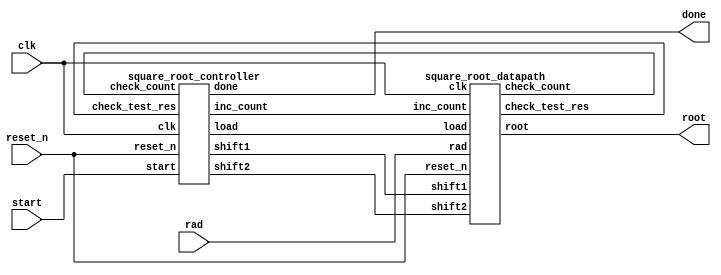
module square_root (
    input clk,
    input reset_n, 
    input start,
    input [15:0] rad,
    output [15:0] root,
    output done
    );

    wire check_test_res;
    wire check_count;
    wire load;
    wire shift1;
    wire shift2;
    wire inc_count;

    square_root_controller           
    square_root_controller_instance(   
        .clk                    (clk                    ),
        .reset_n                (reset_n                ),
        .start                  (start               ),
        .check_test_res   (check_test_res     ),
        .check_count     (check_count      ),
        .done           (done ),
        .load     (load     ),
        .shift1      (shift1      ),
        .shift2      (shift2      ),
        .inc_count    (inc_count      )
    );

    square_root_datapath           
    square_root_datapath_instance(   
        .clk                    (clk                    ),
        .reset_n                (reset_n                ),
        .rad                (rad               ),
        .check_test_res   (check_test_res     ),
        .check_count     (check_count      ),
        .load     (load     ),
        .shift1      (shift1      ),
        .shift2      (shift2      ),
        .inc_count    (inc_count      ),
        .root (root)
    );




endmodule

//-----------------------------------------------
module square_root_controller (
    input clk, 
    input reset_n,
    input start, 
    input check_test_res, check_count,
    output reg done,
    output reg load, shift1, shift2, inc_count 
    );

    localparam IDLE     = 0;
    localparam COMPUTE  = 1;
    localparam END    = 2;

    reg [1:0] current_state, next_state;


    always @ (*) begin
        load        = 0;
        shift1      = 0; 
        shift2      = 0;
        inc_count   = 0;
        done        = 0;
        case(current_state)
        IDLE: begin
            if (start) begin
                load        = 1;
                next_state  = COMPUTE;
            end else begin
                next_state  = IDLE;
            end
        end

        COMPUTE: begin
            if (check_test_res) shift1 = 1;
            else shift2 = 1;
            inc_count = 1;
            next_state = check_count ? END : COMPUTE;
        end

        END: begin
            done        = 1;
            next_state  = IDLE;
        end

        default: begin 
                next_state = IDLE;
        end
        endcase
    end


    always @(posedge clk or negedge reset_n)
    begin
        if (!reset_n)
            current_state <= IDLE;
        else
            current_state <= next_state;
    end
endmodule


//-----------------------------------------------
module square_root_datapath (
    input clk, 
    input reset_n,
    input [15:0] rad,
    input load, shift1, shift2, inc_count,
    output check_test_res, check_count,
    output [15:0] root
    );

    reg [15:0] x;
    reg [15:0] q;
    reg [17:0] ac;
    reg [4:0] count;

    wire [17:0] test_res;


    assign test_res = ac - {q, 2'b01};
    assign check_test_res = (test_res[17] == 0);
    assign check_count = (count == 13);
    assign root = q;

    always @ (posedge clk, negedge reset_n)
    begin
        if (~reset_n) begin
            x <= 0;
            q <= 0; 
            ac <= 0;
            count <= 0;
        end 
        else begin
                if(load) begin
                    {ac, x} <= {{16{1'b0}}, rad, 2'b0};
                    count <= 0;
                    q <= 0;
                end 
                if(shift1) begin
                    {ac, x} <= {test_res[15:0], x, 2'b0};
                    q <= {q[14:0], 1'b1};
                end 
                if(shift2) begin
                    {ac, x} <= {ac[15:0], x, 2'b0};
                    q <= q << 1;
                end 
                if (inc_count) begin
                    count <= count + 1;
                end 
        end
    end  
endmodule